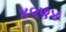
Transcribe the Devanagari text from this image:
४९५४